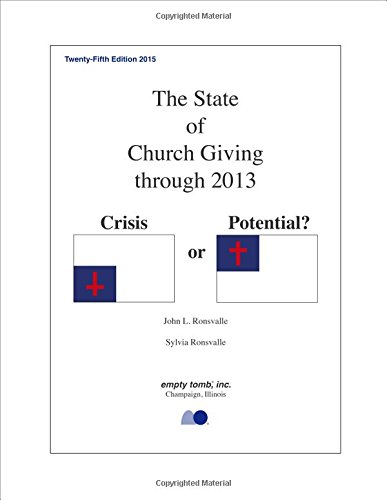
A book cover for The State of Church Giving Through 2013: Crisis or Potential?; John L. Ronsvalle; Christian Books & Bibles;